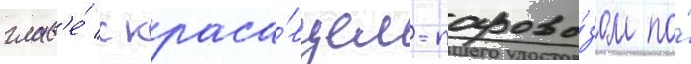
глав'е́ с краса́вцем-парово́зом по́